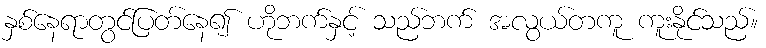
နှစ်နေရာတွင်ပြတ်နေ၍ ဟိုဘက်နှင့် သည်ဘက် အလွယ်တကူ ကူးနိုင်သည်။